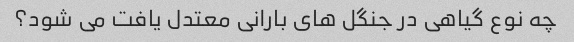
چه نوع گیاهی در جنگل های بارانی معتدل یافت می شود؟